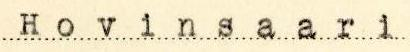
Hovinsaari